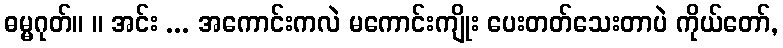
ဓမ္မဂုတ်။ ။ အင်း ... အကောင်းကလဲ မကောင်းကျိုး ပေးတတ်သေးတာပဲ ကိုယ်တော်,